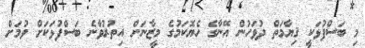
މި ބަސްފުޅަކީ ޤިޔާމަތް ދުވަހުން އޭނާގެ ހެޔޮކަމުގެ މީޒާނަށް އިތުރުވާނެ ބަސްފުޅަކަށް ވުމަށް